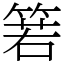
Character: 箬